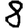
Digit: 8